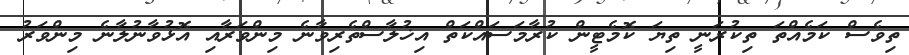
ތިވެސް ކަމެއްތަ ތިކުރަނީ ތިޔަ ކޮމެޓީން ކުރާމަސައްކަތް އިޚުލާސްތެރިވާނެ މިންވަރާއި އޮޅުވާނުލާނެ މިންވަރު